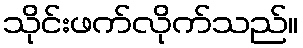
သိုင်းဖက်လိုက်သည်။